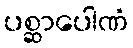
ပစ္ဆာပေါဏံ